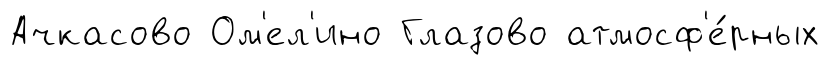
Ачкасово Ом'ел'ино Глазово атмосф'е́рных